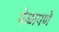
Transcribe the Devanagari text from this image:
येळापणे